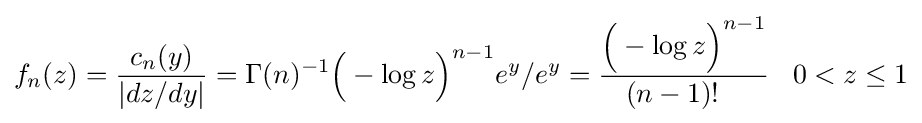
f_{n}(z)={\frac {c_{n}(y)}{|dz/dy|}}=\Gamma (n)^{-1}{\Big (}-\log z{\Big )}^{n-1}e^{y}/e^{y}={\frac {{\Big (}-\log z{\Big )}^{n-1}}{(n-1)!\;\;\;}}\;\;\;0<z\leq 1